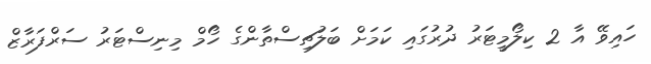
ހައިވޭ އާ 2 ކިލޯމީޓަރު ދުރުގައި ކަމަށް ބަލުޗިސްތާންގެ ހޯމް މިނިސްޓަރު ސަރްފަރާޒް